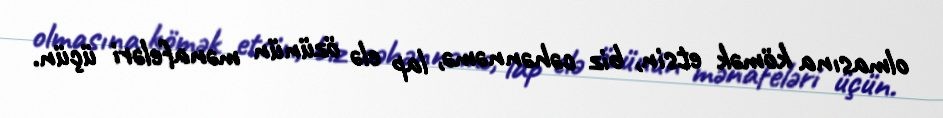
olmasına kömək etsin, biz cəhənnəmə, lap elə özünün mənafeləri üçün.